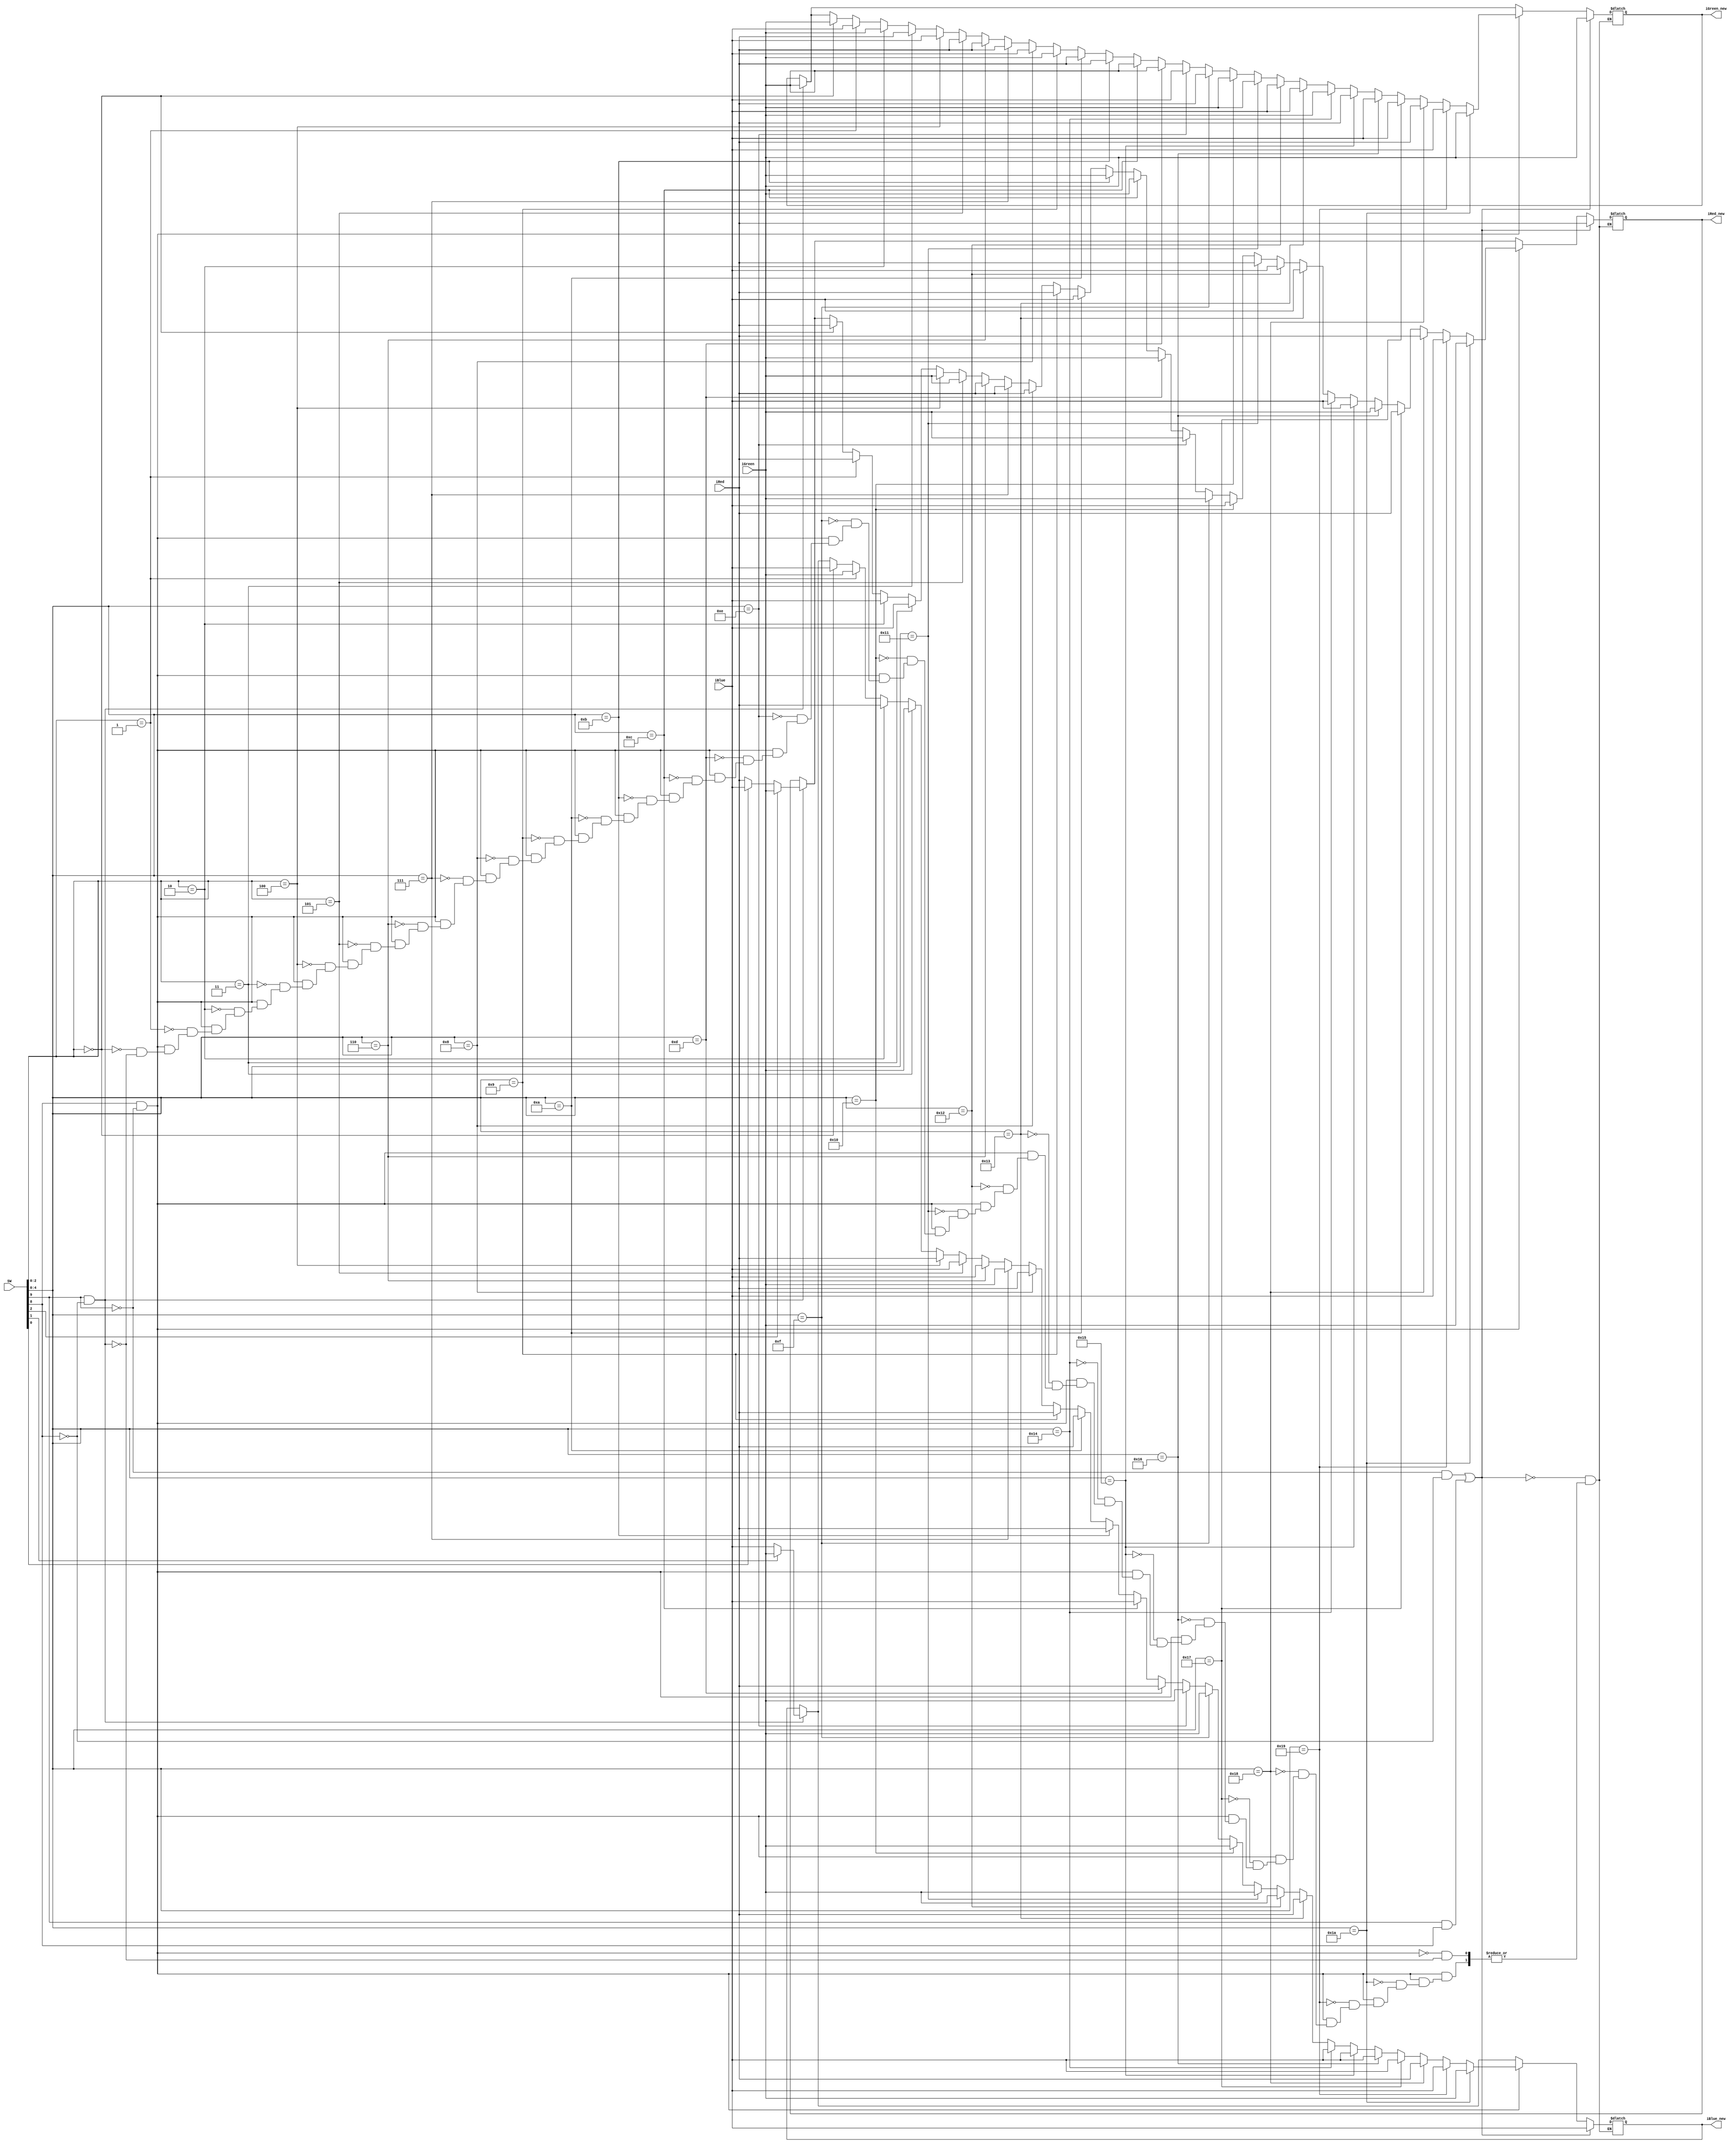
module CHOSE_FILTR(
							SW,
							iRed,
							iBlue,
							iGreen,
							iRed_new,
							iBlue_new,
							iGreen_new);
							
input    [9:0] SW;				
input		[9:0]	iRed;
input		[9:0]	iGreen;
input		[9:0]	iBlue;

output   [9:0] iRed_new;
output	[9:0]	iBlue_new;
output   [9:0] iGreen_new;						





reg   [9:0] iRed_temp;
reg	[9:0]	iBlue_temp;
reg   [9:0] iGreen_temp;
////////////////////////////////////////////////////////////////////////////////////////////////////////////////
//
//////////////////////////////////////////////////////////////////////////////////////////////////////////////////
always begin /////////////////////////////////////TO DO: TO NIE DZIAŁA!!!! FILTRY SIE NIE WYSWIETLAJA NAPRAWAIC
					
																		
if(SW[9]==1 && SW[8]==0)begin                                    //jakiś randomowy filtr
																		
iRed_temp	  =	iRed;
iBlue_temp	  =	iBlue;
iGreen_temp    =	iGreen;

//if(CHOSE)begin

																							
if(SW[0])begin

	iRed_temp	  =	iBlue_temp;
	iBlue_temp	  =	iRed_temp;
	iGreen_temp    =	iGreen_temp;
	
				end

if(SW[1])begin
	
	iRed_temp	  =	iRed_temp;
	iBlue_temp	  =	iGreen_temp;
	iGreen_temp    =	iBlue_temp;
	end

if(SW[2]) begin
	
	iRed_temp	  =	iGreen_temp;
	iBlue_temp	  =	iBlue_temp;
	iGreen_temp    =	iRed_temp;
	
	end

	end
			
			
	if(SW[8]==1 && SW[9]==0)begin      //ustawia kolejne kombinacje kolorów (wszystkich jest 27), na każdy z trzech
												  //kolorów na wyjściu ustawiamy jeden z trzech kolorów na wejściu 

																							
if(SW[2:0]==0)begin

	iRed_temp	  =	iRed;
	iBlue_temp	  =	iBlue;
	iGreen_temp    =	iGreen;
	
				end

if(SW[2:0]==1)begin
	
	iRed_temp	  =	iRed;
	iBlue_temp	  =	iGreen;
	iGreen_temp    =	iBlue;
	end

if(SW[2:0]==2) begin
	
	iRed_temp	  =	iBlue;
	iBlue_temp	  =	iRed;
	iGreen_temp    =	iGreen;

end

if(SW[2:0]==3) begin
	
	iRed_temp	  =	iBlue;
	iBlue_temp	  =	iGreen;
	iGreen_temp    =	iRed;

end 	 	

if(SW[2:0]==4) begin
	
	iRed_temp	  =	iGreen;
	iBlue_temp	  =	iRed;
	iGreen_temp    =	iBlue;

end 	 

if(SW[2:0]==5) begin
	
	iRed_temp	  =	iGreen;
	iBlue_temp	  =	iBlue;
	iGreen_temp    =	iRed;

end 	 

if(SW[4:0]==6) begin
	
	iRed_temp	  =	iRed;
	iBlue_temp	  =	iBlue;
	iGreen_temp    =	iRed;

end 	

if(SW[4:0]==7) begin
	
	iRed_temp	  =	iRed;
	iBlue_temp	  =	iGreen;
	iGreen_temp    =	iRed;

end 

if(SW[4:0]==8) begin
	
	iRed_temp	  =	iRed;
	iBlue_temp	  =	iRed;
	iGreen_temp    =	iBlue;

end 

 if(SW[4:0]==9) begin
	
	iRed_temp	  =	iRed;
	iBlue_temp	  =	iRed;
	iGreen_temp    =	iGreen;

end 

if(SW[4:0]==10) begin
	
	iRed_temp	  =	iBlue;
	iBlue_temp	  =	iRed;
	iGreen_temp    =	iRed;

end 

if(SW[4:0]==11) begin
	
	iRed_temp	  =	iGreen;
	iBlue_temp	  =	iRed;
	iGreen_temp    =	iRed;

end 



if(SW[4:0]==12) begin
	
	iRed_temp	  =	iGreen;
	iBlue_temp	  =	iBlue;
	iGreen_temp    =	iGreen;

end 	

if(SW[4:0]==13) begin
	
	iRed_temp	  =	iGreen;
	iBlue_temp	  =	iRed;
	iGreen_temp    =	iGreen;

end 

if(SW[4:0]==14) begin
	
	iRed_temp	  =	iGreen;
	iBlue_temp	  =	iGreen;
	iGreen_temp    =	iBlue;

end 

 if(SW[4:0]==15) begin
	
	iRed_temp	  =	iGreen;
	iBlue_temp	  =	iGreen;
	iGreen_temp    =	iRed;

end 

if(SW[4:0]==16) begin
	
	iRed_temp	  =	iBlue;
	iBlue_temp	  =	iGreen;
	iGreen_temp    =	iGreen;

end 

if(SW[4:0]==17) begin
	
	iRed_temp	  =	iRed;
	iBlue_temp	  =	iGreen;
	iGreen_temp    =	iGreen;

end 


if(SW[4:0]==18) begin
	
	iRed_temp	  =	iBlue;
	iBlue_temp	  =	iGreen;
	iGreen_temp    =	iBlue;

end 	

if(SW[4:0]==19) begin
	
	iRed_temp	  =	iBlue;
	iBlue_temp	  =	iRed;
	iGreen_temp    =	iBlue;

end 

if(SW[4:0]==20) begin
	
	iRed_temp	  =	iBlue;
	iBlue_temp	  =	iBlue;
	iGreen_temp    =	iGreen;

end 

 if(SW[4:0]==21) begin
	
	iRed_temp	  =	iBlue;
	iBlue_temp	  =	iBlue;
	iGreen_temp    =	iRed;

end 

if(SW[4:0]==22) begin
	
	iRed_temp	  =	iGreen;
	iBlue_temp	  =	iBlue;
	iGreen_temp    =	iBlue;

end 

if(SW[4:0]==23) begin
	
	iRed_temp	  =	iRed;
	iBlue_temp	  =	iBlue;
	iGreen_temp    =	iBlue;

end 

if(SW[4:0]==24) begin
	
	iRed_temp	  =	iRed;
	iBlue_temp	  =	iRed;
	iGreen_temp    =	iRed;

end 

if(SW[4:0]==25) begin
	
	iRed_temp	  =	iBlue;
	iBlue_temp	  =	iBlue;
	iGreen_temp    =	iBlue;

end 

if(SW[4:0]==26) begin
	
	iRed_temp	  =	iGreen;
	iBlue_temp	  =	iGreen;
	iGreen_temp    =	iGreen;

end 
	
end
	

				if((SW[9]==0 && SW[8]==0) || (SW[9]==1&& SW[8]==1))begin 										//Przekierowanie obrazu bez filtrów
				iRed_temp	  =	iRed;
				iBlue_temp	  =	iBlue;
				iGreen_temp    =	iGreen;
				end
end

assign	iRed_new      =	iRed_temp;   
assign	iBlue_new	  =	iBlue_temp;
assign	iGreen_new    =	iGreen_temp;

endmodule